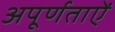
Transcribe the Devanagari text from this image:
अपूर्णताऐं